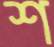
শ